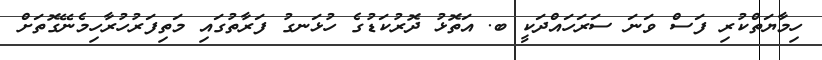
ހިމާޔަތްކުރި ފަސް ވަނަ ސަރަހައްދަކީ ބ. އަތޮޅު ދޮރުކަޑުގެ ހުޅަނގު ފަރާތުގައި މަތިފަރުހުރާހިމެނޭގޮތަށް